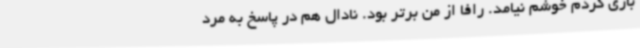
بازی کردم خوشم نیامد. رافا از من برتر بود. نادال هم در پاسخ به مرد